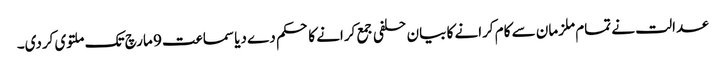
عدالت نے تمام ملزمان سے کام کرانے کا بیان حلفی جمع کرانے کا حکم دے دیا سماعت 9 مارچ تک ملتوی کردی۔